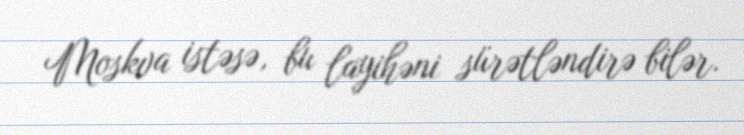
Moskva istəsə, bu layihəni sürətləndirə bilər.